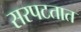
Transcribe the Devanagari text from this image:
सरपटतात